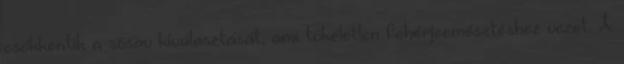
csökkentik a sósav kiválasztását, ami tökéletlen fehérjeemésztéshez vezet. A